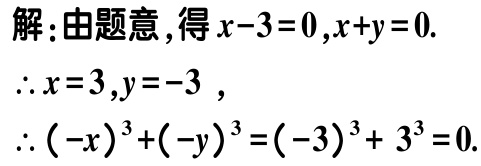
解：由题意，得\(x - 3 = 0\)，\(x + y = 0\).

\(\therefore x = 3\)，\(y = - 3\)，

\(\therefore (-x)^{3}+(-y)^{3}=(-3)^{3}+3^{3}=0\).